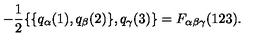
- \frac { 1 } { 2 } \{ \{ q _ { \alpha } ( 1 ) , q _ { \beta } ( 2 ) \} , q _ { \gamma } ( 3 ) \} = F _ { \alpha \beta \gamma } ( 1 2 3 ) .